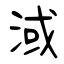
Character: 淢